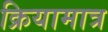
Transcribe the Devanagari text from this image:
क्रियामात्र